Source: Handwritten
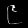
Digit: ၉ (9)